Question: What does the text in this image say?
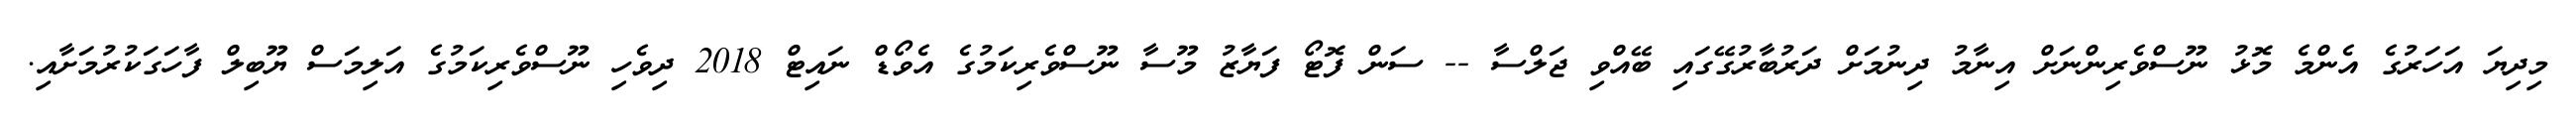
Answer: މިދިޔަ އަހަރުގެ އެންމެ މޮޅު ނޫސްވެރިންނަށް އިނާމު ދިނުމަށް ދަރުބާރުގޭގައި ބޭއްވި ޖަލްސާ -- ސަން ފޮޓޯ ފަޔާޒު މޫސާ ނޫސްވެރިކަމުގެ އެވޯޑް ނައިޓް 2018 ދިވެހި ނޫސްވެރިކަމުގެ އަލިމަސް ޔޫބިލް ފާހަގަކުރުމަށާއި.